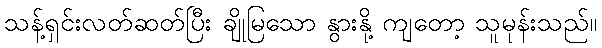
သန့်ရှင်းလတ်ဆတ်ပြီး ချိုမြသော နွားနို့ ကျတော့ သူမုန်းသည်။